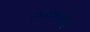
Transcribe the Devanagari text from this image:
रानमटाळू